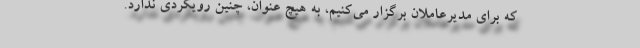
که برای مدیرعاملان برگزار می‌کنیم، به هیچ عنوان، چنین رویکردی ندارد.